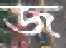
জ